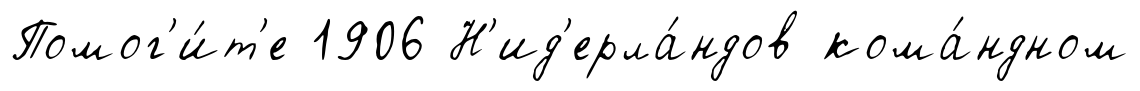
Помог'и́т'е 1906 Н'ид'ерла́ндов кома́ндном